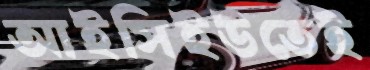
আইসিইউতেই